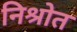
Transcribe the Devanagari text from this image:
निश्रोत